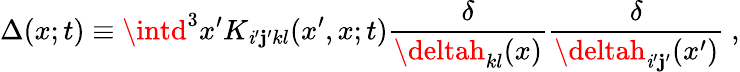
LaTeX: \Delta(x;t)\equiv\intd^{3}x^{\prime}K_{\mathit{i}^{\prime}\mathbf{j}^{\prime}kl}(x^{\prime},x;t)\frac{{\delta}}{{\deltah_{kl}(x)}}\frac{{\delta}}{{\deltah_{\mathit{i}^{\prime}\mathbf{j}^{\prime}}(x^{\prime})}}\ ,